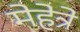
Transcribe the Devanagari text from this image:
मेहेत्रे